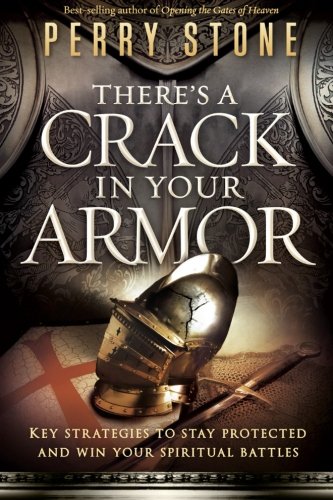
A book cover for There's a Crack in Your Armor: Key Strategies to Stay Protected and Win Your Spiritual Battles; Perry Stone; Christian Books & Bibles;